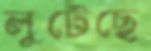
লুটেছে